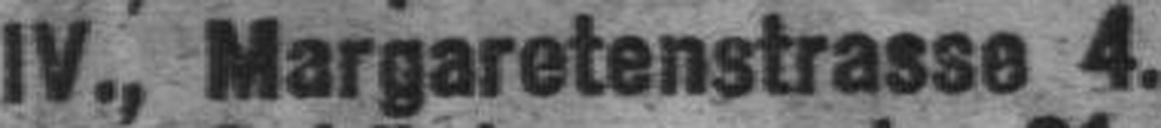
IV., Margaretenstrasse 4.